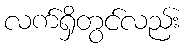
လက်ရှိတွင်လည်း